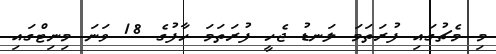
މި މެޗުގައި ފުރަތަމަ ލަނޑު ޖެހީ ފުރަތަމަ ހާފުގެ 18 ވަނަ މިނިޓްގައި